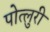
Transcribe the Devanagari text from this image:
पोत्लुरी